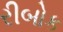
રીબોક